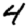
Digit: 4